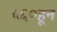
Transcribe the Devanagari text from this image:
५६०हून